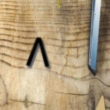
٨